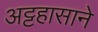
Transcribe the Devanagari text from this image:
अट्टहासाने